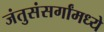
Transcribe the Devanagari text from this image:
जंतुसंसर्गांमध्ये